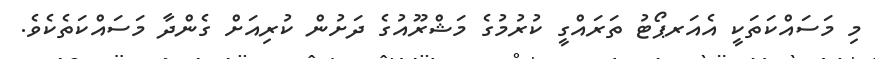
މި މަސައްކަތަކީ އެއަރޕޯޓު ތަރައްގީ ކުރުމުގެ މަޝްރޫއުގެ ދަށުން ކުރިއަށް ގެންދާ މަސައްކަތެކެވެ.